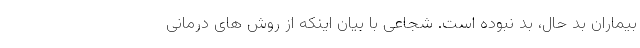
بیماران بد حال، بد نبوده است. شجاعی با بیان اینکه از روش های درمانی